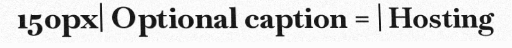
150px| Optional caption = | Hosting